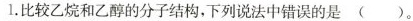
1.比较乙烷和乙醇的分子结构，下列说法中错误的是( )。